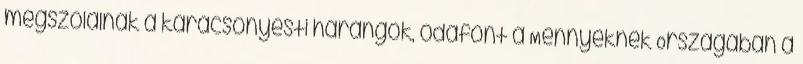
megszólalnak a karácsonyesti harangok, odafönt a Mennyeknek Országában a